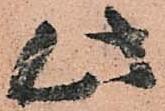
此